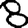
Digit: 8